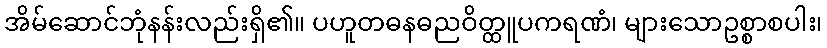
အိမ်ဆောင်ဘုံနန်းလည်းရှိ၏။ ပဟူတဓနဓညဝိတ္ထူပကရဏံ၊ များသောဥစ္စာစပါး၊